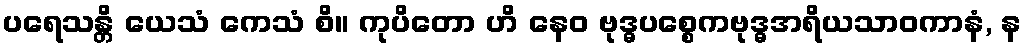
ပရေသန္တိ ယေသံ ကေသံ စိ။ ကုပိတော ဟိ နေဝ ဗုဒ္ဓပစ္စေကဗုဒ္ဓအရိယသာဝကာနံ, န